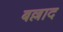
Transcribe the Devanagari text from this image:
बल्लाद